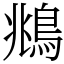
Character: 鴵